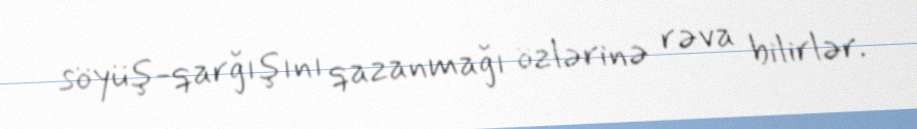
söyüş-qarğışını qazanmağı özlərinə rəva bilirlər.